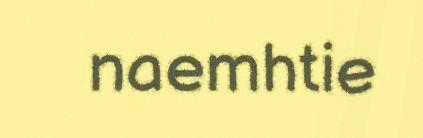
naemhtie